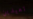
تعيدين